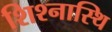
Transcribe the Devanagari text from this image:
शिश्नास्थि